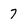
Character: 7